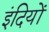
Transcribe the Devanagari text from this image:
इंदियों